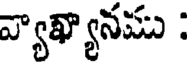
వ్యాఖ్యానము :